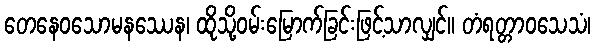
တေနေဝသောမနဿေန၊ ထိုသို့ဝမ်းမြောက်ခြင်းဖြင့်သာလျှင်။ တံရတ္တာဝသေသံ၊